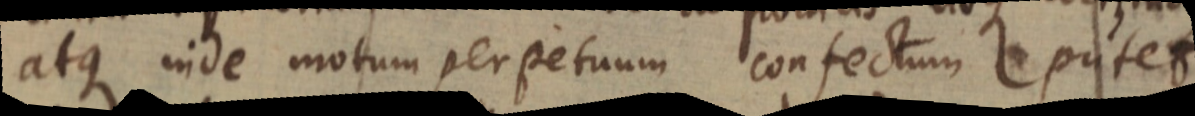
atque inde motum perpetuum confectum putet